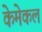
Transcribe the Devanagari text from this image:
केमेकल